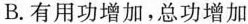
B. 有用功增加，总功增加